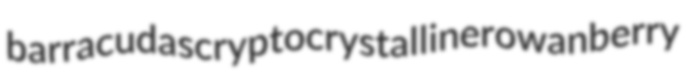
barracudas cryptocrystalline rowanberry